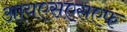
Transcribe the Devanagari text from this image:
आयएसएसएफ